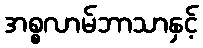
အစ္စလာမ်ဘာသာနှင့်